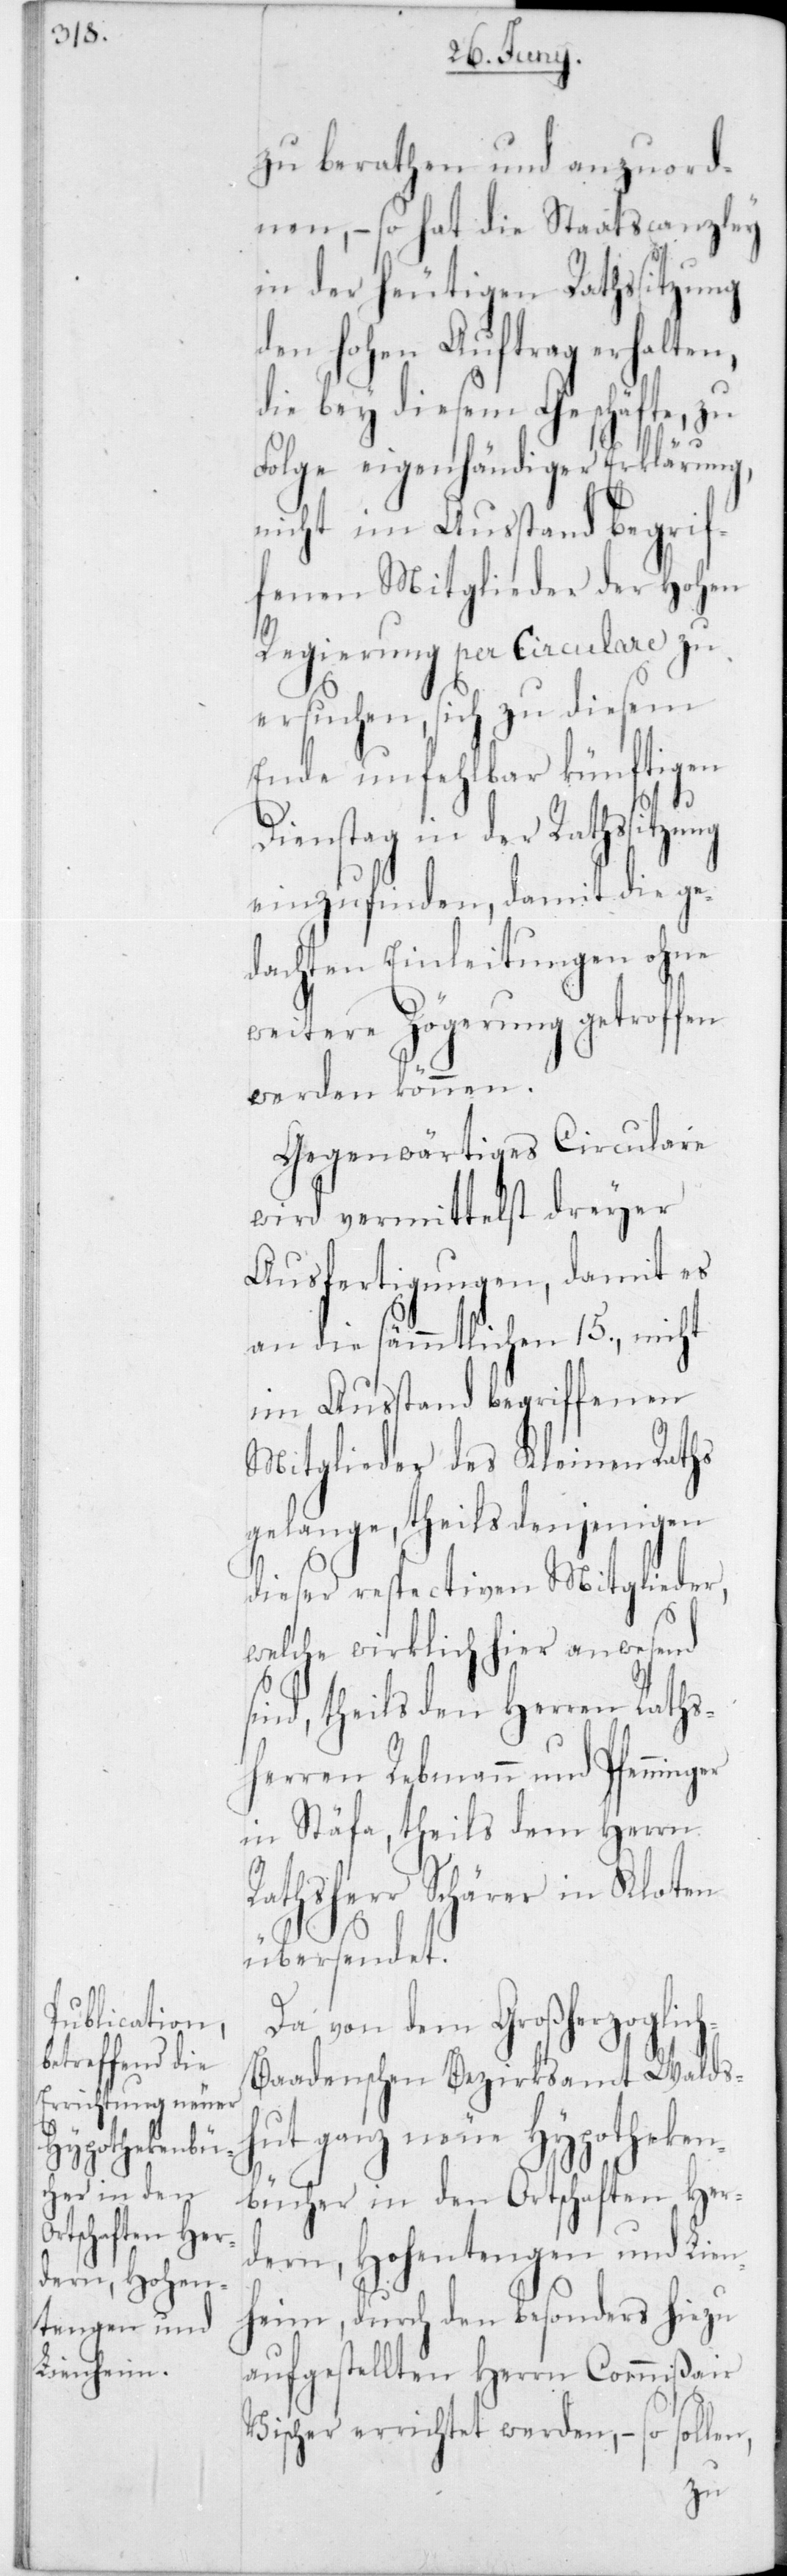
zu berathen und anzuord¬
nen, – so hat die Staatscanzley
in der heutigen Rathssitzung
Hohen Auftrag erhalten,
die bey diesem Geschäfte, zu
n,
Folge eigenhändiger Erklärung,
nicht im Ausstand begrif¬
fenen Mitglieder der Hohen
Regierung per Circulare zu
ersuchen, sich zu diesem
Ende unfehlbar künftigen
Dienstag in der Rathssit¬
einzufinden, damit die ge¬
dachten Einleitungen ohne
weitere Zögerung getroffen
werden können.
Gegenwärtiges Circulare
wird vermittelst dreyer
Ausfertigungen, damit es
an die sämmtlichen 15, nicht
im Ausstand begriffenen
Mitglieder des Kleinen Raths
gelange, theils denjenigen
dieser respectiven Mitglieder,
welche wirklich hier anwesend
sind, theils den Herren Raths¬
herren Rebmann und Pfenning¬
in Stäfa, theils dem Herrn
Rathsherr Schärer in Kloten
übersendet.
Da von dem Großherzoglic¬
h-Baadenschen Bezirksammt Walds¬
hut ganz neue Hypotheken¬
bücher in den Ortschaften Her¬
deren, Hohentengen und Lie¬
nheim, durch den besonders hiezu
aufgestellten Herrn Commißair
Vischer errichtet werden, – so solle¬
zung